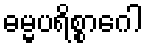
ဓမ္မပရိစ္စာဂေါ